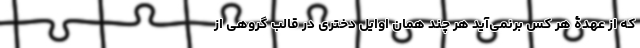
که از عهدۀ هر کس برنمی‌آید هر چند همان اوایل دختری در قالب گروهی از